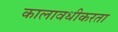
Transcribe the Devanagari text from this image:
कालावधीकरता